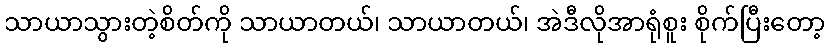
သာယာသွားတဲ့စိတ်ကို သာယာတယ်၊ သာယာတယ်၊ အဲဒီလိုအာရုံစူး စိုက်ပြီးတော့